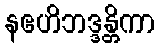
နဧဟိဘဒ္ဒန္တိကာ